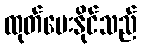
ထုတ်ပေးနိုင်သည်